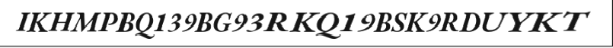
IKHMPBQ139BG93RKQ19BSK9RDUYKT